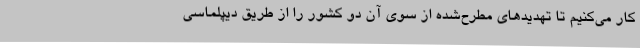
کار می‌کنیم تا تهدیدهای مطرح‌شده از سوی آن دو کشور را از طریق دیپلماسی